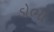
ડોભી